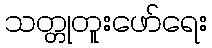
သတ္တုတူးဖော်ရေး